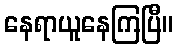
နေရာယူနေကြပြီ။